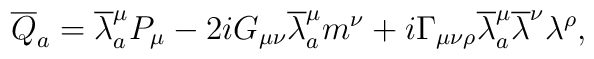
{\overline{Q}}_a = {\overline \lambda}_a^{\mu} P_{\mu} - 2i G_{\mu \nu} {\overline \lambda}_a^{\mu} m^{\nu} + i\Gamma_{\mu \nu \rho} {\overline \lambda}_a^{\mu}{\overline \lambda}^{\nu} \lambda^{\rho},